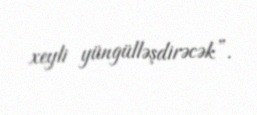
xeyli yüngülləşdirəcək”.